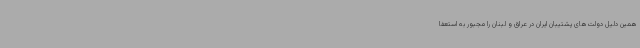
همین دلیل دولت‌های پشتیبان ایران در عراق و لبنان را مجبور به استعفا